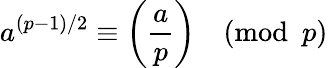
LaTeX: a^{(p-1)/2}\equiv\left({\frac{a}{p}}\right){\pmod{p}}